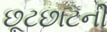
છૂટછાટની